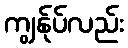
ကျွန်ုပ်လည်း